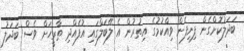
ބަދަލުކޮށްގެން ފިނިފެން ވިއްކުމުގެ އިތުރުން އެ ލޭބަލްގައި އުފެއްދި ތާރީހަށް ވެސް ބަދަލު